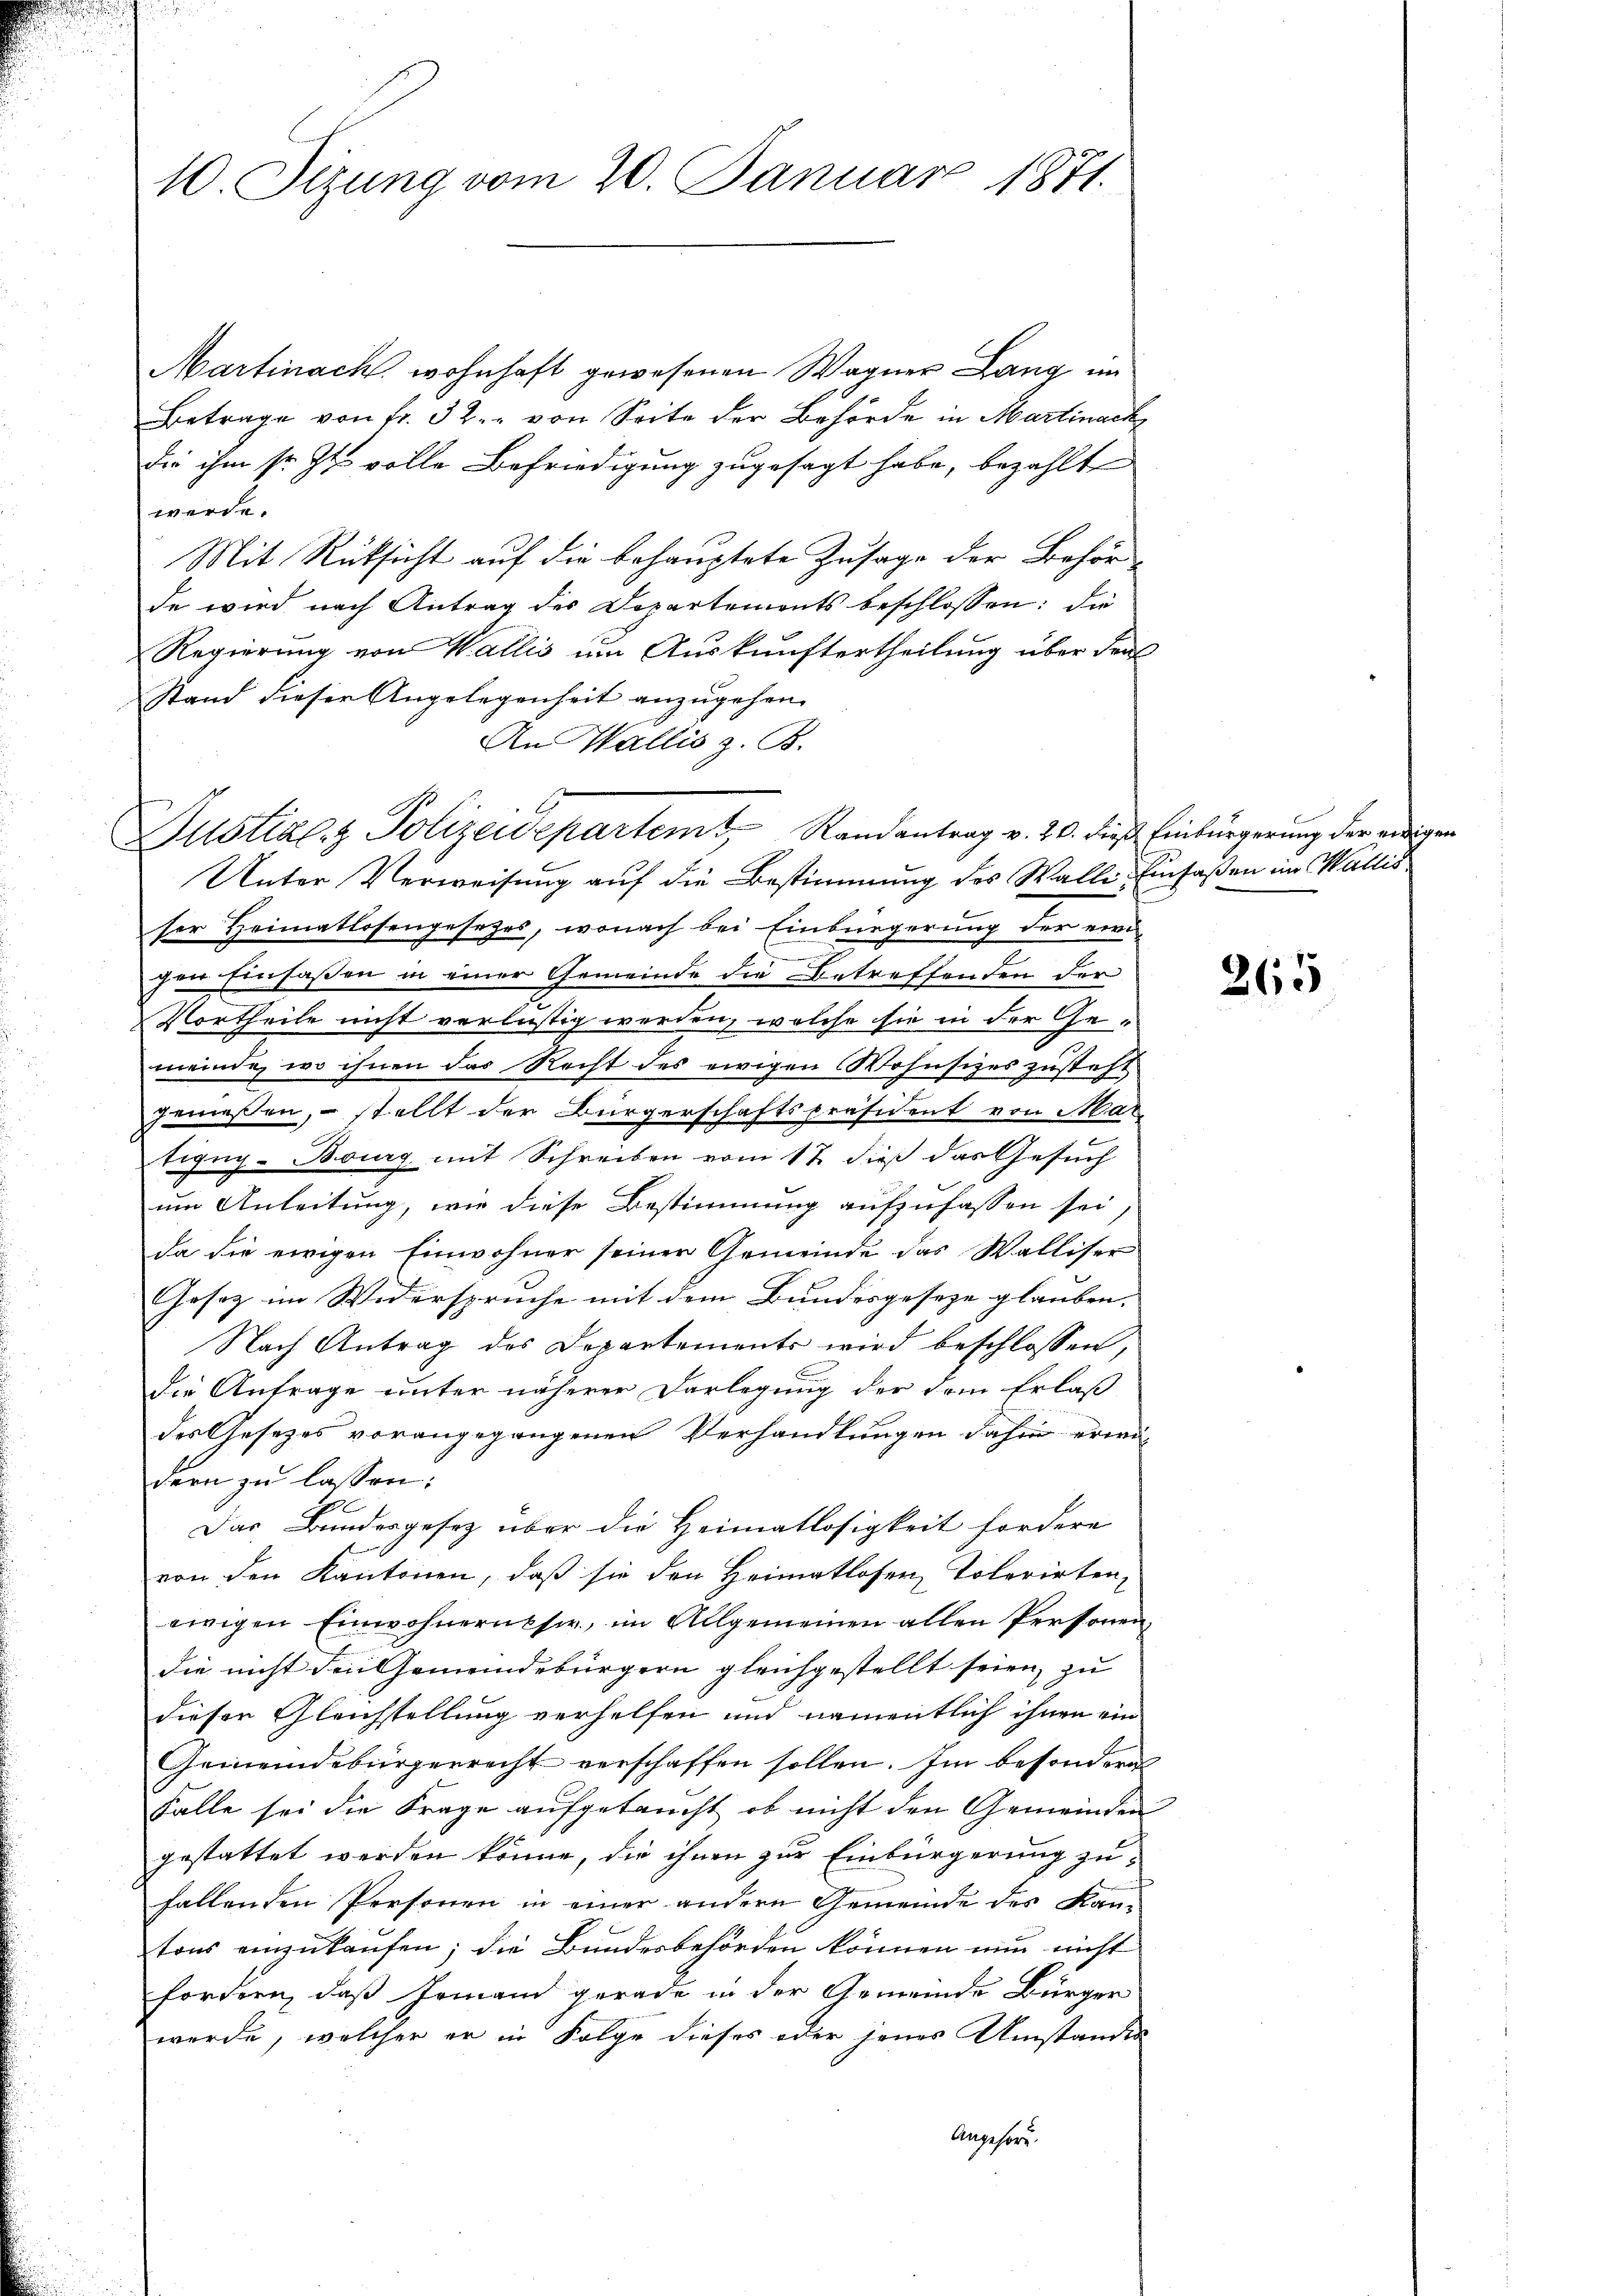
10. Sizung vom 20. Januar 1871.

Martinach wohnhaft gewesenen Wagner Lang im
Betrage von fr. 32. von Seite der Behörde in Martinack
die ihm sr. Zt. volle Befriedigung zugesagt habe, bezahlten
werde.
Mit Rüksicht auf die behauptete Zusage der Behörde wird nach Antrag des Departements beschlossen: die
Regierung von Wallis um Auskunftertheilung über den
stand dieser Angelegenheit anzugehen.
An Wallis z. B.
Unter Verweisung auf die Bestimmung des Walle Einfaßen im Wallis,
ser Heimatlosengesetzes, wonach bei Einbürgerung der ewi
gen Einfassen in einer Gemeinde die Betreffenden der
Vortheile nicht verlustig werden, welche sie in der Gemeinde, wo ihnen das Recht des ewigen Wohnsizes zusteht
geniessen, – stellt der Bürgerschaftspräsident von Mar
tigng-Bourg mit Schreiben vom 12. dieß das Gesuch
um Anleitung, wie diese Bestimmung aufzufassen sei,
da die ewigen Einwohner seiner Gemeinde das Walliser
Gesetz im Widerspruche mit dem Bundesgeseze glauben.
Nach Antrag des Departements wird beschlossen,
die Anfrage unter näherer Darlegung der dem Erlaß
des Gesezes vorangegangenen Verhandlungen dahin erwi-
dern zu lassen:
Das Bundesgesetz über die Heimatlosigkeit fordere
von den Kantonen, daß sie den Heimatlosen Tolerirten,
ewigen Einwohnernesie, im Allgemeinen allen Personen
die nicht die Gemeindebürgern gleichgestellt seien, zu
dieser Gleichstellung verhelfen und namentlich ihnen ein
Gemeindebürgerrecht verschaffen sollen. Im besonderes
Falle sei die Frage aufgetaucht, ob nicht den Gemeinden
gestattet werden könne, die ihnen zur Einbürgerung zufallenden Personen in einer andern Gemeinde des Kantons einzukaufen; die Bundesbehörden können nun nicht
fordern, daß Jemand gerade in der Gemeinde Bürger
werde, welcher er in Folge dieses oder jenes Umstandes
Angehörd

Justizenz Polizeidepartemt, Randantrag v. 20. dieß Einbürgerung der endigen

265